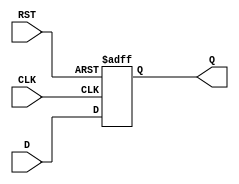
module IntermediateRegister (
    input wire [N-1:0] D,    // Data input
    input wire CLK,           // Clock input
    input wire RST,           // Asynchronous reset
    output reg [N-1:0] Q      // Data output
);
    parameter N = 8;          // Define the width of the register (default is 8 bits)

    // Always block for sequential logic
    always @(posedge CLK or posedge RST) begin
        if (RST) begin
            Q <= {N{1'b0}};    // Asynchronous reset: set Q to 0
        end else begin
            Q <= D;            // Capture data on clock edge
        end
    end
endmodule